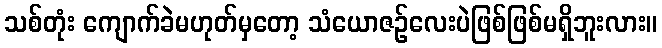
သစ်တုံး ကျောက်ခဲမဟုတ်မှတော့ သံယောဇဉ်လေးပဲဖြစ်ဖြစ်မရှိဘူးလား။